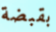
بقبضة